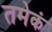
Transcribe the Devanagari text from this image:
तमेकं